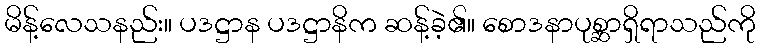
မိန့်လေသနည်း။ ပဒဋ္ဌာန ပဒဋ္ဌာနိက ဆန့်ခဲ့၏။ စောဒနာပုစ္ဆာရှိရာသည်ကို